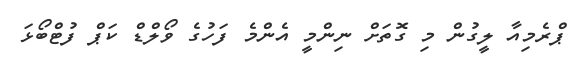
ޕްރެމިއާ ލީގުން މި ގޮތަށް ނިންމީ އެންމެ ފަހުގެ ވޯލްޑް ކަޕް ފުޓްބޯޅަ